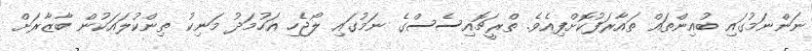
ނަންނަމުގައި ބުއިންތައް ތައާރަފުކޮށްފިއެވެ. ތްރީޗޮއިސެސްގެ ނަމުގައި ލޯޖެހި އަހުމަދު މަނިކު ތިންކުލައަކުން ބާޒާރަށް